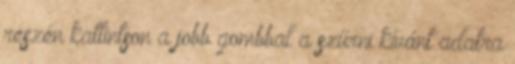
részén kattintson a jobb gombbal a szűrni kívánt adatra